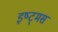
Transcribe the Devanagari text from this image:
इष्ट्मस